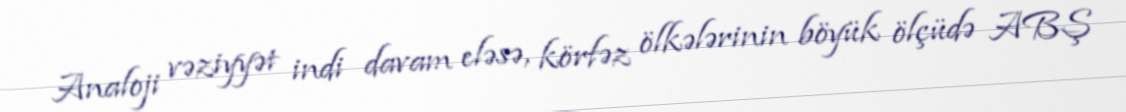
Analoji vəziyyət indi davam eləsə, körfəz ölkələrinin böyük ölçüdə ABŞ